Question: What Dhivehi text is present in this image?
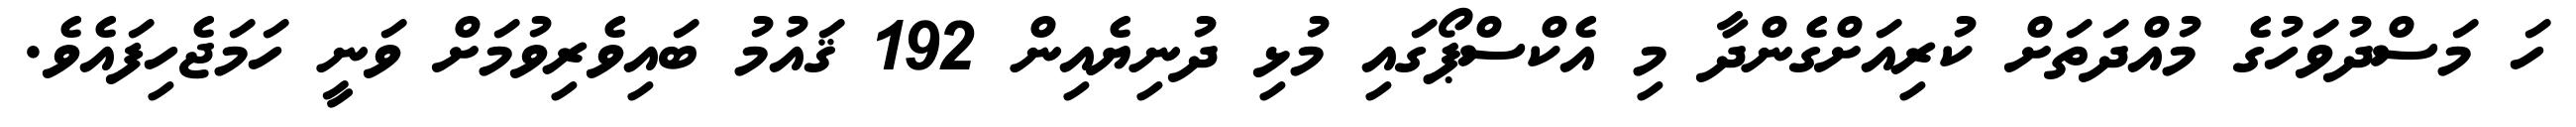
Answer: ހަ މަސްދުވަހުގެ މުއްދަތަށް ކުރިއަށްގެންދާ މި އެކްސްޕޯގައި މުޅި ދުނިޔެއިން 192 ޤައުމު ބައިވެރިވުމަށް ވަނީ ހަމަޖެހިފައެވެ.